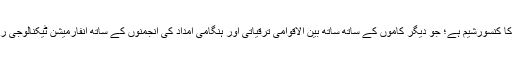
نیٹ ہوپ سپورٹ: نیٹ ہوپ 42 بین الاقوامی این جی اوز کا کنسورشیم ہے؛ جو دیگر کاموں کے ساتھ ساتھ بین الاقوامی ترقیاتی اور ہنگامی امداد کی انجمنوں کے ساتھ انفارمیشن ٹیکنالوجی رابطوں کی صلاحیت کو بہتر بنانے میں مہارت رکھتا ہے۔